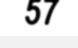
57